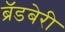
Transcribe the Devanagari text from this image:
ब्रॅडबेरी